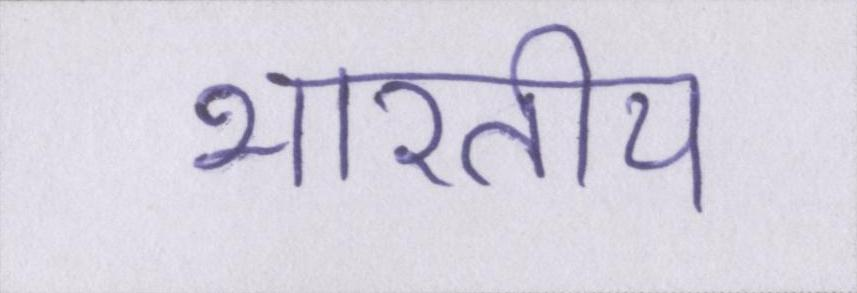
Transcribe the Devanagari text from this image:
भारतीय